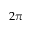
2 \pi